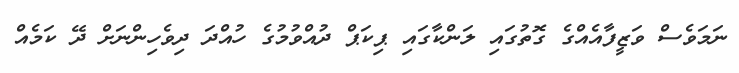
ނަމަވެސް ވަޒީފާއެއްގެ ގޮތުގައި ލަންކާގައި ޕިކަޕް ދުއްވުމުގެ ހުއްދަ ދިވެހިންނަށް ދޭ ކަމެއް